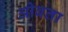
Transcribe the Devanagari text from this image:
ओवता